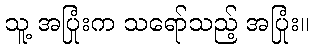
သူ့ အပြုံးက သရော်သည့် အပြုံး။